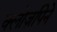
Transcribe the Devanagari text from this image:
क्लोज़पिने